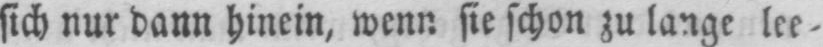
sich nur dann hinein, wenn sie schon zu lange lee⸗